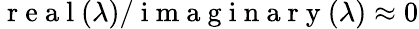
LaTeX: \mathrm{~r~e~a~l~}(\lambda)/\mathrm{~i~m~a~g~i~n~a~r~y~}(\lambda)\approx 0